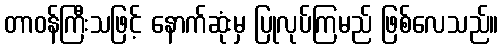
တာဝန်ကြီးသဖြင့် နောက်ဆုံးမှ ပြုလုပ်ကြမည် ဖြစ်လေသည်။